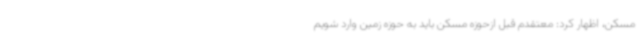
مسکن، اظهار کرد: معتقدم قبل ازحوزه مسکن باید به حوزه زمین وارد شویم